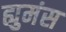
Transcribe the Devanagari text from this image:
ह्युमंस